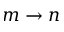
m \rightarrow n